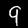
Digit: 9